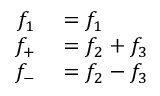
\begin{array} { r l } { f _ { 1 } } & { { } = f _ { 1 } } \\ { f _ { + } } & { { } = f _ { 2 } + f _ { 3 } } \\ { f _ { - } } & { { } = f _ { 2 } - f _ { 3 } } \end{array}